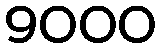
9000